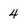
Character: 4